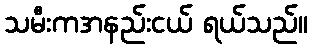
သမီးကအနည်းငယ် ရယ်သည်။